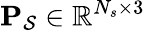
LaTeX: \mathbf{P}_{\mathcal{S}}\in\mathbb{R}^{N_{s}\times 3}